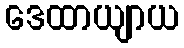
ဒေထာယျာယ